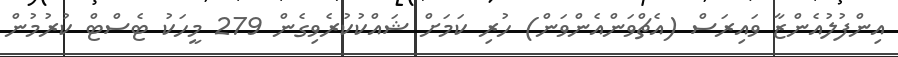
އިންފުލުއެންޒާ ވައިރަސް (އެޗްވަންއެންވަން) ހުރި ކަމަށް ޝައްކުކުރެވިގެން 279 މީހަކު ޓެސްޓް ކުރުމުން